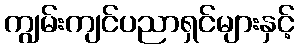
ကျွမ်းကျင်ပညာရှင်များနှင့်